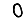
Digit: 0